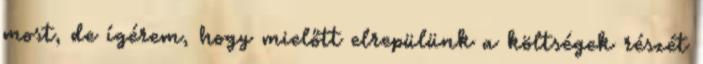
most, de ígérem, hogy mielőtt elrepülünk a költségek részét